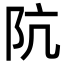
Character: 阬